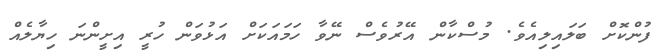
ފުންކޮށް ބަލައިލިއެވެ. މުސްކާން އޭރުވެސް ނޭވާ ހަމައަކަށް އަޅުވަން ހުރީ އިށީންނަ ހިޔާލެއް